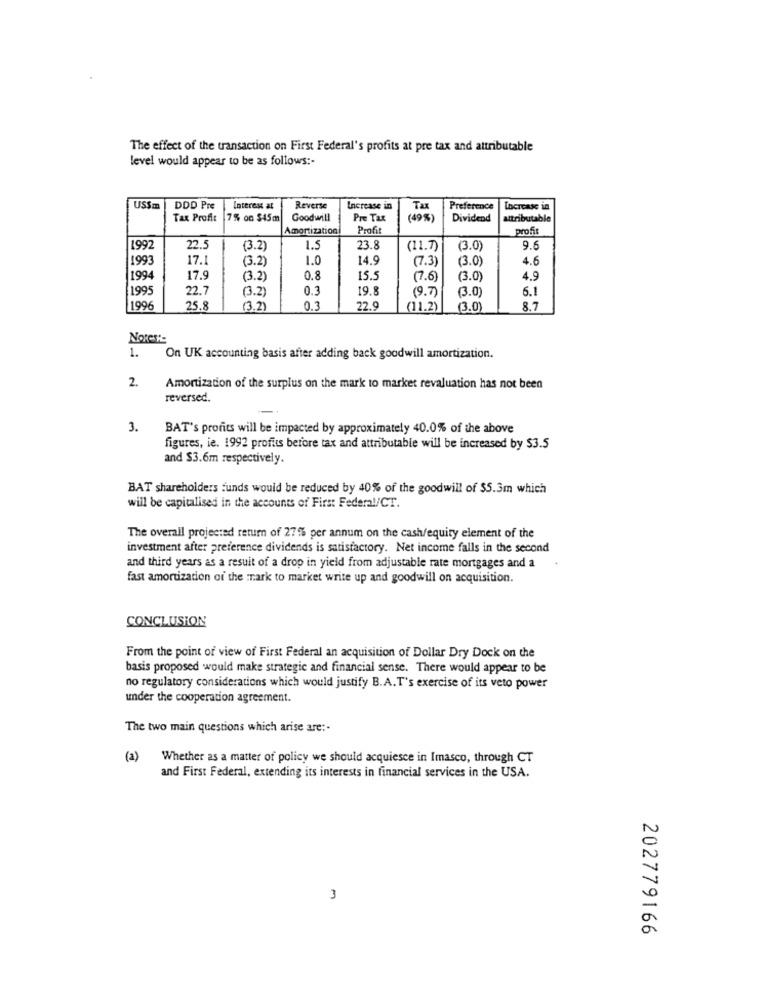
The effect of the transaction on First Federal's profits at pre tax and attributable
level would appear to be as follows :-
USSm
DDD Pre
Interess at
Reverse
Increase in
Tax
Preference
Increase in
Tax Profit
7% on $45m
Goodwill
Pre Tax
(49%)
Dividend
attributable
Amortization
Profi
profi
1992
22.5
(3.2
1.5
23.8
(11.7)
(3.0)
9.6
17.1
(3.2
1.0
14.9
(7.3)
(3.0)
4.6
1993
1994
17.9
(3.2
0.8
15.5
(7.6)
(3.0)
4.9
1995
22.7
(3.2)
0.3
19.8
6.1
(9.7)
(3.0)
1996
25.8
(3.2)
0.3
22.9
(11.2)
(3.0)
8.7
Notes :-
1.
On UK accounting basis after adding back goodwill amortization.
2.
Amortization of the surplus on the mark to market revaluation has not been
reversed.
3.
BAT's profits will be impacted by approximately 40.0% of the above
figures, ie. 1992 profits before tax and attributable will be increased by $3.5
and $3.6m respectively.
BAT shareholders funds would be reduced by 40% of the goodwill of $5.3m which
will be capitalised in the accounts of First Federal/CT.
The overall projected retum of 27% per annum on the cash/equity element of the
investment after preference dividends is satisfactory. Net income falls in the second
and third years as a result of a drop in yield from adjustable rate mortgages and a
fast amortization of the mark to market write up and goodwill on acquisition.
CONCLUSION
From the point of view of First Federal an acquisition of Dollar Dry Dock on the
basis proposed would make strategic and financial sense. There would appear to be
no regulatory considerations which would justify B.A.T's exercise of its veto power
under the cooperation agreement.
The two main questions which arise are :-
(a)
Whether as a matter of policy we should acquiesce in Imasco, through CT
and First Federal, extending its interests in financial services in the USA.
3
202779166